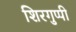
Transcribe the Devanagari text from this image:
शिरगुप्पी